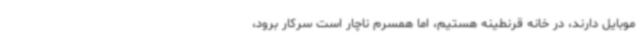
موبایل دارند، در خانه قرنطینه هستیم، اما همسرم ناچار است سرکار برود،